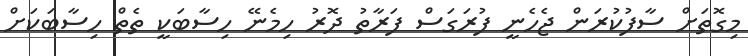
މިގޮތަށް ސާފުކުރަން ޖެހެނީ ފުރަގަސް ފަރާތު ދޮރު ހިމެނޭ ހިސާބަކީ ތެތް ހިސާބަކަށް